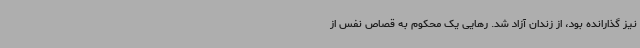
نیز گذارانده بود، از زندان آزاد شد. رهایی یک محکوم به قصاص نفس از